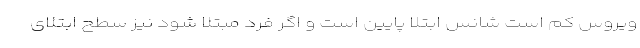
ویروس کم است شانس ابتلا پایین است و اگر فرد مبتلا شود نیز سطح ابتلای